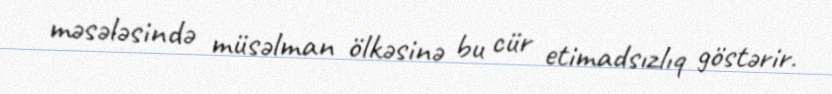
məsələsində müsəlman ölkəsinə bu cür etimadsızlıq göstərir.